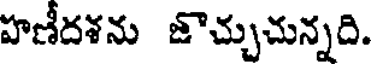
హణీదశను జొచ్చుచున్నది.